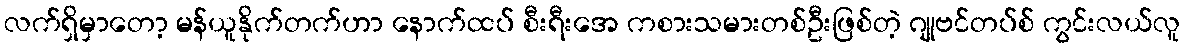
လက်ရှိမှာတော့ မန်ယူနိုက်တက်ဟာ နောက်ထပ် စီးရီးအေ ကစားသမားတစ်ဦးဖြစ်တဲ့ ဂျုဗင်တပ်စ် ကွင်းလယ်လူ